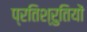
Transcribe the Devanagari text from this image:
प्रतिश्रुतियों